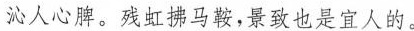
沁人心脾。残虹拂马鞍，景致也是宜人的。